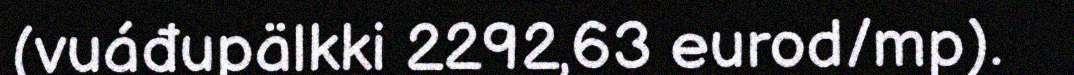
(vuáđupälkki 2292,63 eurod/mp).